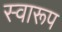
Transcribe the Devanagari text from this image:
स्वारूप